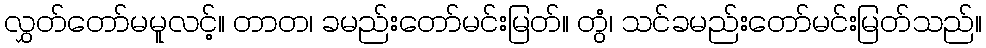
လွှတ်တော်မမူလင့်။ တာတ၊ ခမည်းတော်မင်းမြတ်။ တွံ၊ သင်ခမည်းတော်မင်းမြတ်သည်။